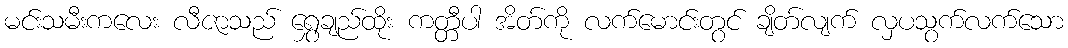
မင်းသမီးကလေး လီဇာသည် ရွှေချည်ထိုး ကတ္တီပါ အိတ်ကို လက်မောင်းတွင် ချိတ်လျက် လှပသွက်လက်သော